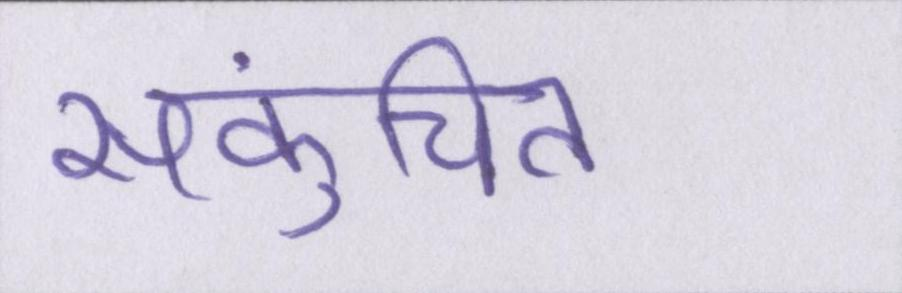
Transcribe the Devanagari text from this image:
संकुचित